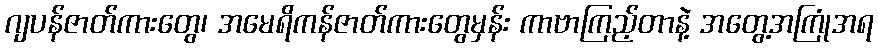
ဂျပန်ဇာတ်ကားတွေ၊ အမေရိကန်ဇာတ်ကားတွေမှန်း ကာဗာကြည့်တာနဲ့ အတွေ့အကြုံအရ